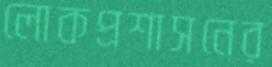
লোকপ্রশাসনের